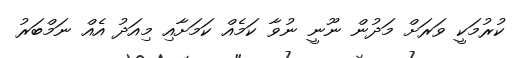
ކުރުމަކީ ވަރަށް މަދުން ނޫނީ ނުވާ ކަމެއް ކަމަށާއި މިއަދު އެއް ނަމްބަރު